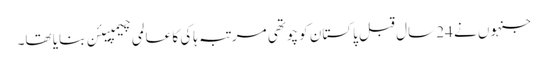
جنہوں نے 24 سال قبل پاکستان کو چوتھی مرتبہ ہاکی کا عالمی چیمپیئن بنایا تھا۔